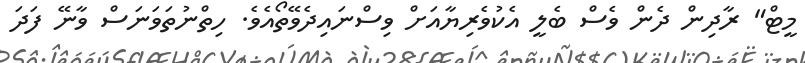
މީޓް" ރާދިން ދެން ވެސް ބެލީ އެކުވެރިޔާއަށް ވިސްނައިދެވޭތޯއެވެ. ހިތްނުތަވަނަސް ވާނޭ ފަދަ